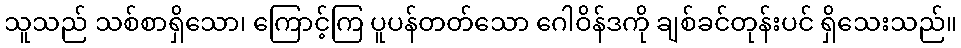
သူသည် သစ်စာရှိသော၊ ကြောင့်ကြ ပူပန်တတ်သော ဂေါဝိန်ဒကို ချစ်ခင်တုန်းပင် ရှိသေးသည်။